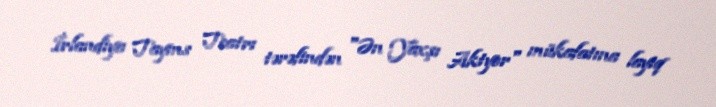
İrlandiya Tayms Teatrı tərəfindən "Ən Yaxşı Aktyor" mükafatına layiq